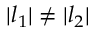
| l _ { 1 } | \neq | l _ { 2 } |